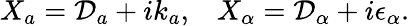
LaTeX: X_{a}={\cal D}_{a}+ik_{a},\, \, \, \, \, X_{\alpha}={\cal D}_{\alpha}+i\epsilon_{\alpha}.